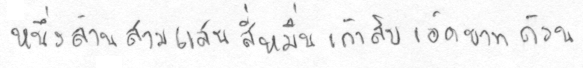
หนึ่งล้านสามแสนสี่หมื่นเก้าสิบเอ็ดบาทถ้วน